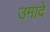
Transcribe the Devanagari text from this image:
उमादे